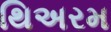
થિઅરમ